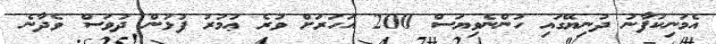
އެމަނިކުފާނު ދުނިޔޭގައި ހުންނެވިޔަސް 200 އަހަރަށް ވުރެ ޢުމުރު ފުޅުުން ދުވަސް ވެދާނެ